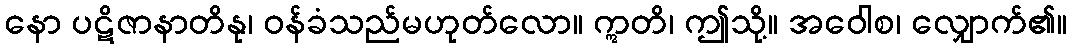
နော ပဋိဇာနာတိနု၊ ဝန်ခံသည်မဟုတ်လော။ ဣတိ၊ ဤသို့။ အဝေါစ၊ လျှောက်၏။